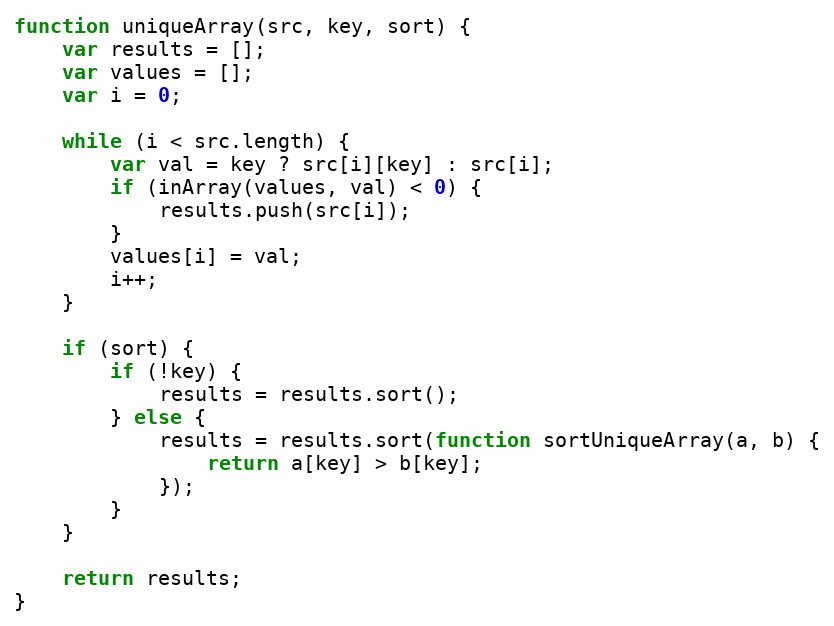
Language: JavaScript
function uniqueArray(src, key, sort) {
    var results = [];
    var values = [];
    var i = 0;

    while (i < src.length) {
        var val = key ? src[i][key] : src[i];
        if (inArray(values, val) < 0) {
            results.push(src[i]);
        }
        values[i] = val;
        i++;
    }

    if (sort) {
        if (!key) {
            results = results.sort();
        } else {
            results = results.sort(function sortUniqueArray(a, b) {
                return a[key] > b[key];
            });
        }
    }

    return results;
}